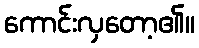
ကောင်းလှတော့၏။